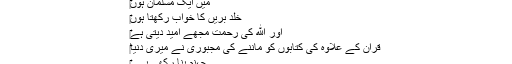
‎میں ایک مسلمان ہوں
‎خلد بریں کا خواب رکھتا ہوں
‎اور الله کی رحمت مجھے امید دیتی ہے
‎قران کے علاوہ کی کتابوں کو ماننے کی مجبوری نے میری دنیا
‎جہنم بنا رکھی ہے ۔